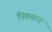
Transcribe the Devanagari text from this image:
पिकतान